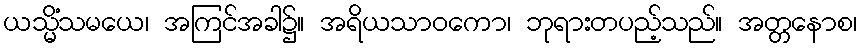
ယသ္မိံသမယေ၊ အကြင်အခါ၌။ အရိယသာဝကော၊ ဘုရားတပည့်သည်။ အတ္တနောစ၊